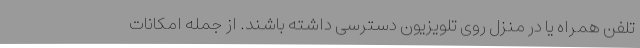
تلفن همراه یا در منزل روی تلویزیون دسترسی داشته باشند. از جمله امکانات